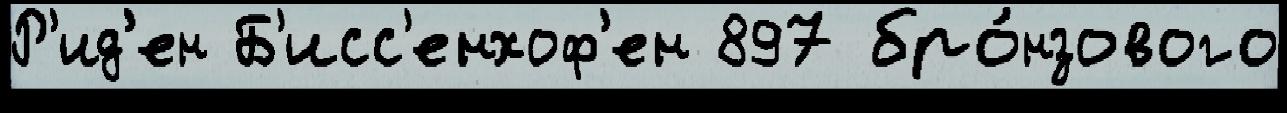
Р'ид'ен Б'исс'енхоф'ен 897 бро́нзового